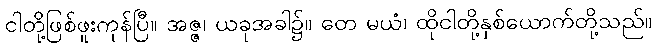
ငါတို့ဖြစ်ဖူးကုန်ပြီ။ အဇ္ဇ၊ ယခုအခါ၌။ တေ မယံ၊ ထိုငါတို့နှစ်ယောက်တို့သည်။